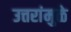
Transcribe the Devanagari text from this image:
उत्तरांमुळे